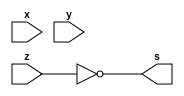
/*
 Guia_0401b.v - v0.0. - 27 / 08 / 2022
 Autor    : Gabriel Vargas Bento de Souza
 Matricula: 778023
 */

/* TRUTH TABLE */

// (x + y)'.z'

/**
 expression: z'
 */
module fxy1 (output s,
            input  x, y, z);
   assign s = ~z;
endmodule // fxy1

/**
 expression: (x + y)
 */
module fxy2 (output s,
            input  x, y, z);
   assign s = x | y;
endmodule // fxy2

/**
 expression: (x + y)'
 */
module fxy3 (output s,
            input  x, y, z);
   assign s = ~(x | y);
endmodule // fxy3

/**
 expression: (x + y)'.z'
 */
module fxy4 (output s,
            input  x, y, z);
   assign s = ~(x | y) & ~z;
endmodule // fxy4

/**
  Guia_0401b.v
 */
module Guia_0401b;
   reg  x, y, z;
   wire s1, s2, s3, s4;
   
   // instancias
   fxy1 FXY1 (s1, x, y, z);
   fxy2 FXY2 (s2, x, y, z);
   fxy3 FXY3 (s3, x, y, z);
   fxy4 FXY4 (s4, x, y, z);
   
   // valores iniciais
   initial begin: start
      x=1'bx; y=1'bx; z=1'bx; // indefinidos
   end

   // parte principal
   initial begin: main
      // identificacao
       $display("Gabriel Vargas Bento de Souza - 778023");
       $display("Test boolean expression");
       $display("\n01.b) (x + y)'.z'\n");

       // monitoramento
       $display(" x  y  z   z'  (x + y)  (x + y)'  (x + y)'.z' ");
       $monitor("%2b %2b %2b %3b %6b %8b %10b", x, y, z, s1, s2, s3, s4);

       // sinalizacao
       #1 x=0; y=0; z=0;
       #1 x=0; y=0; z=1;
       #1 x=0; y=1; z=0;
       #1 x=0; y=1; z=1;
       #1 x=1; y=0; z=0;
       #1 x=1; y=0; z=1;
       #1 x=1; y=1; z=0;
       #1 x=1; y=1; z=1;
   end
endmodule // Guia_0401b